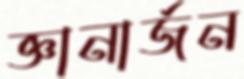
জ্ঞানার্জন